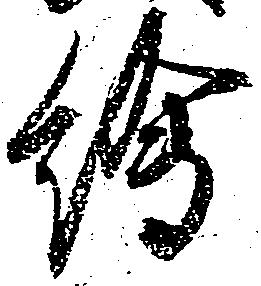
絵